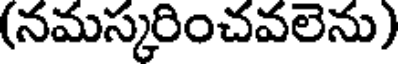
(నమస్కరించవలెను)